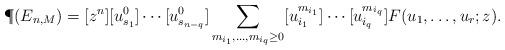
LaTeX: \begin{align*} \P(E_{n, M})=[z^n][u_{s_1}^0]\cdots [u_{s_{n-q}}^0]\sum_{m_{i_1}, \ldots, m_{i_q} \ge 0}[u_{i_1}^{m_{i_1}}]\cdots [u_{i_q}^{m_{i_q}}]F(u_1,\ldots, u_r; z).\end{align*}